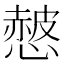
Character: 𢠱